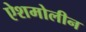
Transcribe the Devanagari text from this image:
ऐशमोलीन